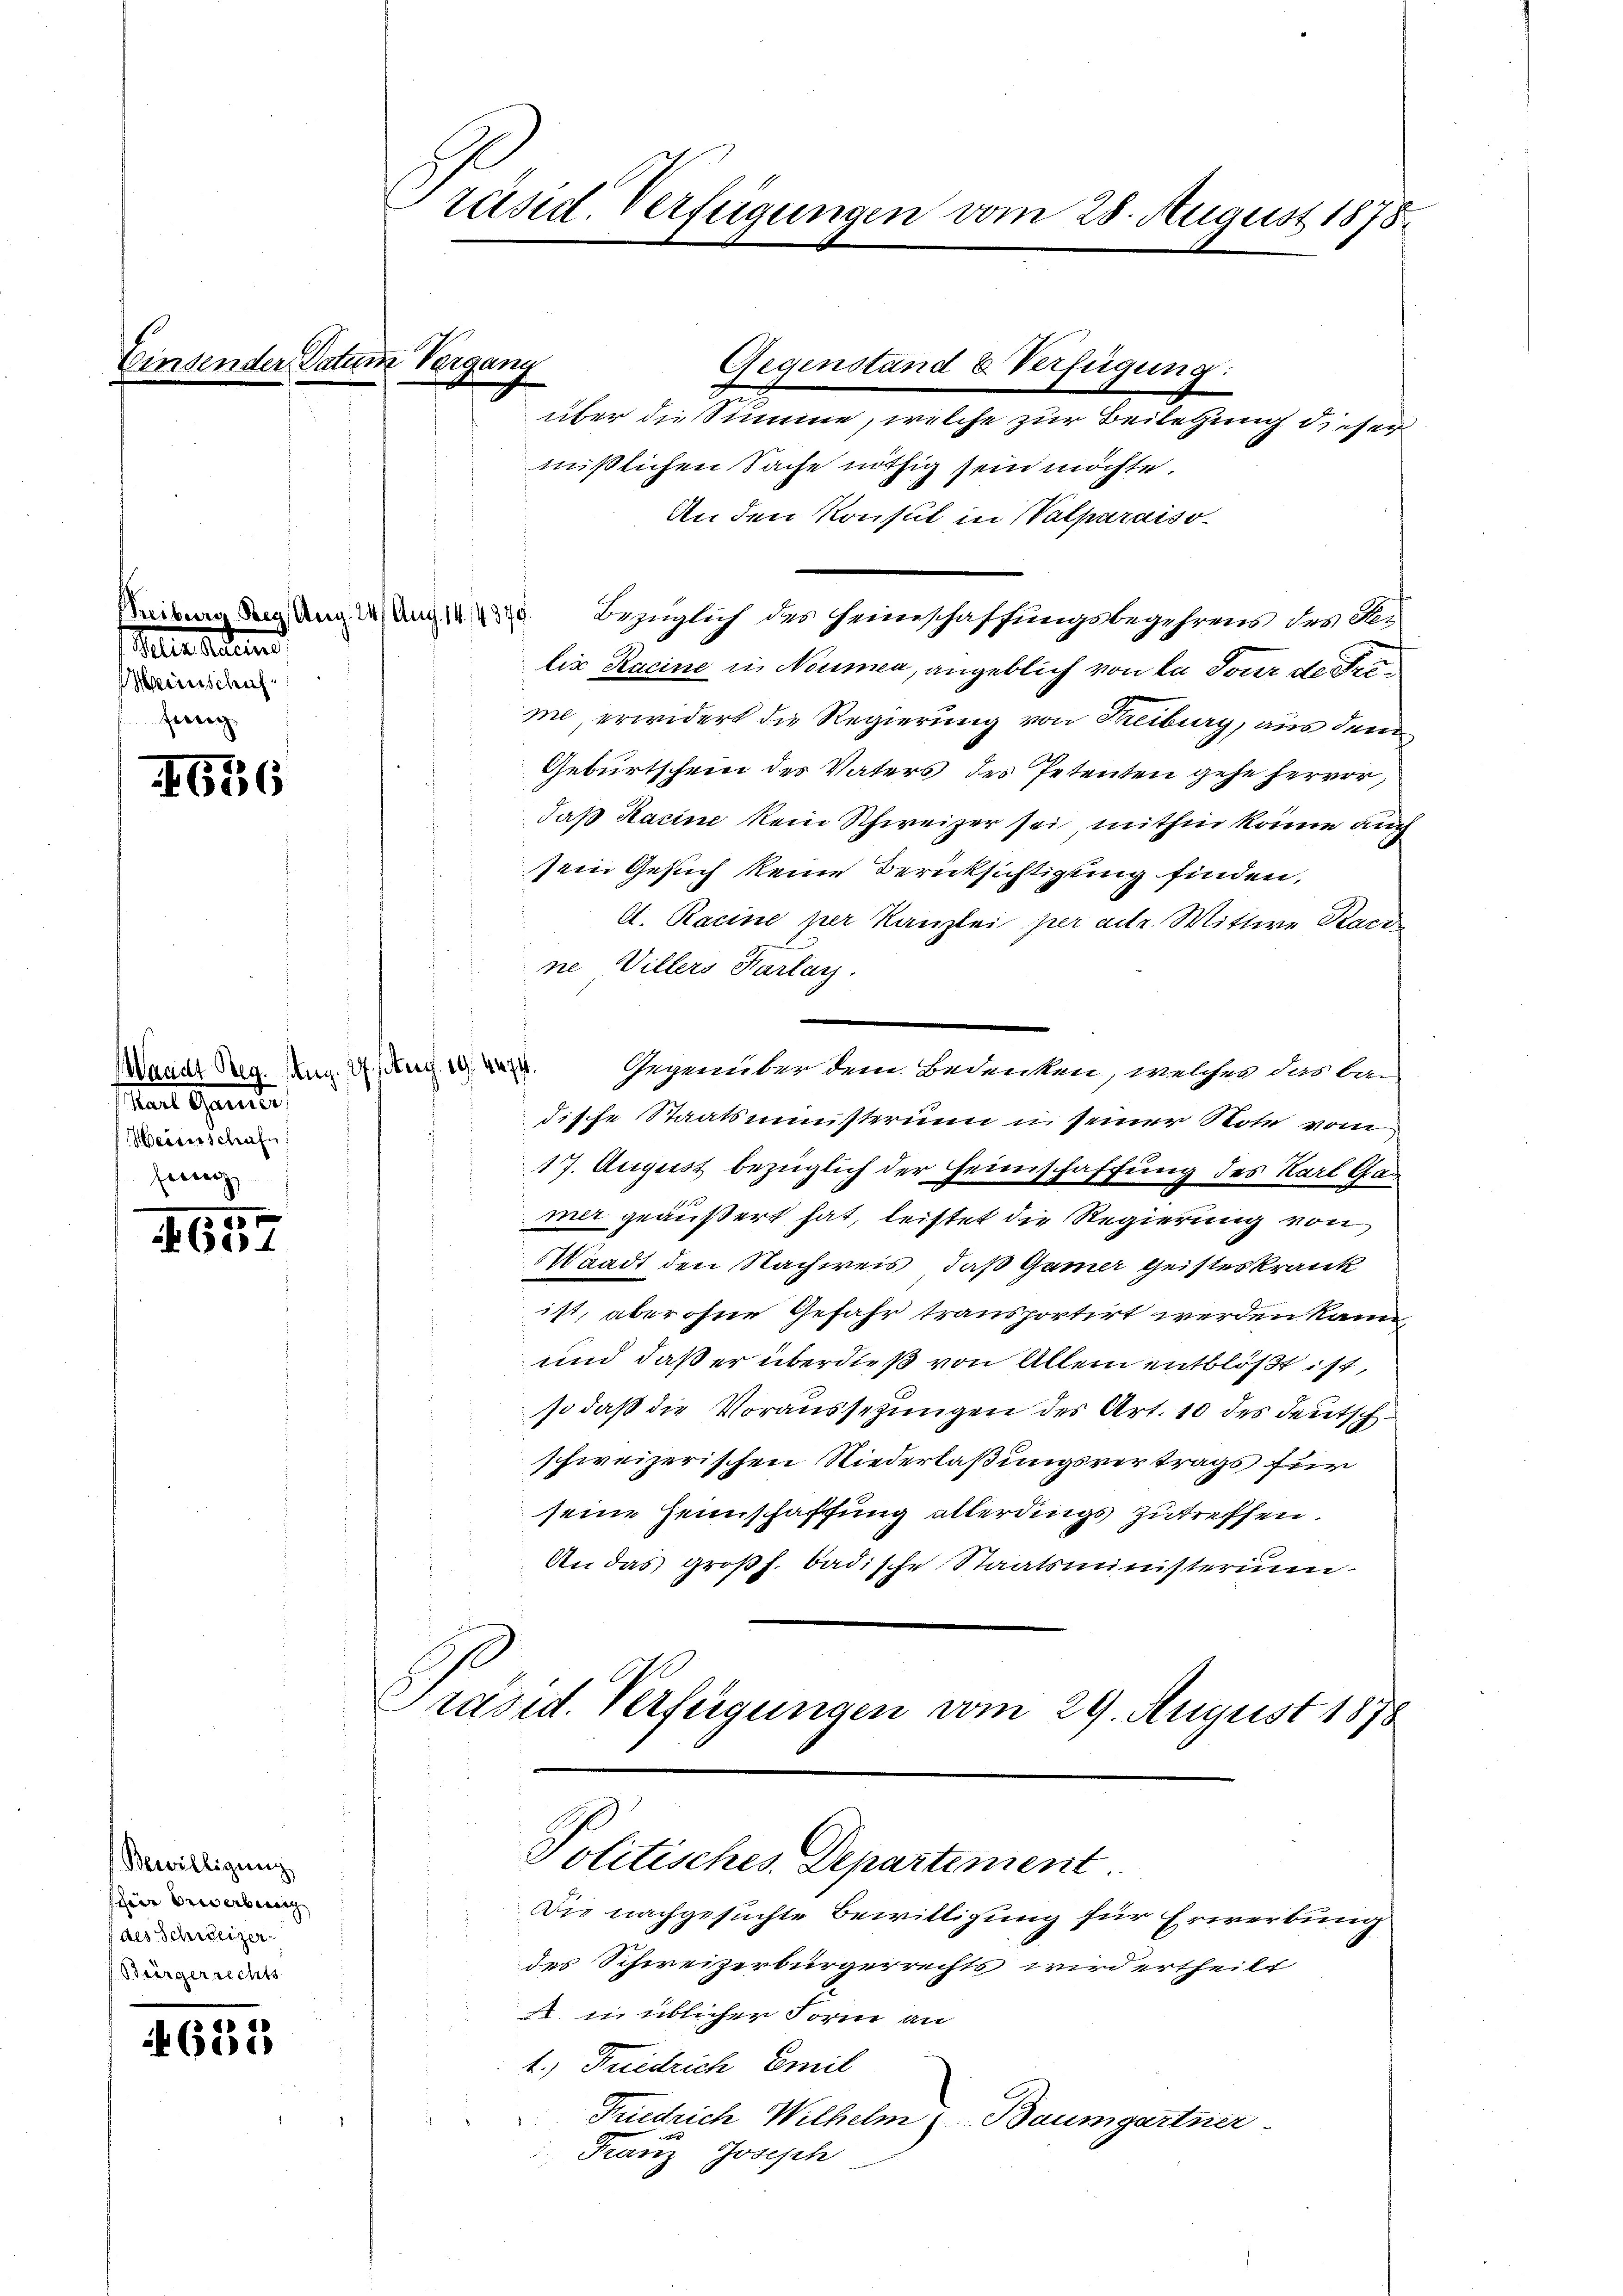
Einsender Datum Vergang

1656

4657

4635

Mlle Seiten
Hinschuf.
geeig

Waadt Reg. Aug. 27. sburg. 19. 4474.
ae Garte
Heiverschaft
Forrer

Bewilligung
shier bewerberg,
aes Schweizer.
Bürgerrechts

Präsid. Verfügungen vom 28. August 1878

über die Summe, welche zur Beilegung dieser
mißlichen Sache nöthig sein möchte.
An den Konsul in Valparaiso
Leitung dem Unglung 1870 bezüglich des Heimschaffungsbegehrens des Be-
tir Racine in Neumen, angeblich von la Tour de Freme, erwidert die Regierung von Treiburg, aus dem
Geburtschein des Vaters des Petenten gehe hervor,
daß Kacine kein Schweizer sei, mithin könne auch
sein Gesuch keine Berücksichtigung finden,
A. Racine per Kanzlei per adtr. Wittwe Kard
s
ne Villers Karlay.
m
Gegenüber dem Bedenken, welches das Baidische Staatsministerum u seiner Note vom
17. August bezüglich der Heimschaffung des Karl Gan
mer geäußert hat, leistet die Regierung von
Waadt den Nachweis, daß Gamer Geisteskrank
ist, aber ohne Gefahr transportirt werden kann,
und daß er überdieß von Allem entblößt ist,
so daß die Voraussetzungen der Art. 10 des deutschschweizerischen Niederlaßungsvertrags für
seine Heimschaffung allerdings zutreffen.
An das großh. badische Staatsministerium.
Präsid. Verfügungen vom 29. August 1878
Politisches Departement

Gegenstand & Verfügung:

Die nachgesuchte Bewilligung für Erwerbung
des Schweizerbürgerrechts wird ertheilt
. in üblicher Form an
1.) Friedrich Emil
2
Friedrich Wilhelm Baumgartner
Franz Joseph